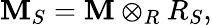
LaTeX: \mathbf{M}_{S}=\mathbf{M}\otimes_{R}R_{S},